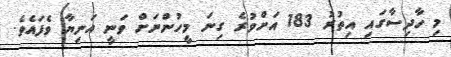
މި ހާދިސާގައި އިތުރު 183 އަށްވުރެ ގިނަ މީހުންނަށް ވަނީ އަނިޔާ ވެފައެވެ.